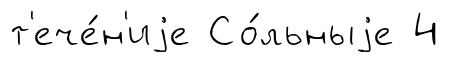
т'ече́н'иjе Со́льныjе 4